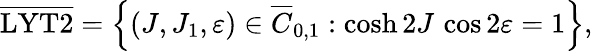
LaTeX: \overline{{\mathrm{LYT2}}}=\left\{ (J,J_{1},\varepsilon)\in\overline{{C}}_{0,1}:\cosh 2J\, \cos 2\varepsilon=1\right\} ,